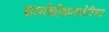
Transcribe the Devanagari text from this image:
फार्मकोकायनेटिक्स